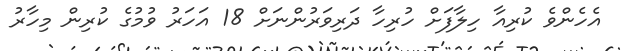
އެހެންވެ ކުރިއާ ހިލާފަށް ހުރިހާ ދަރިވަރުންނަށް 18 އަހަރު ވުމުގެ ކުރިން މިހާރު